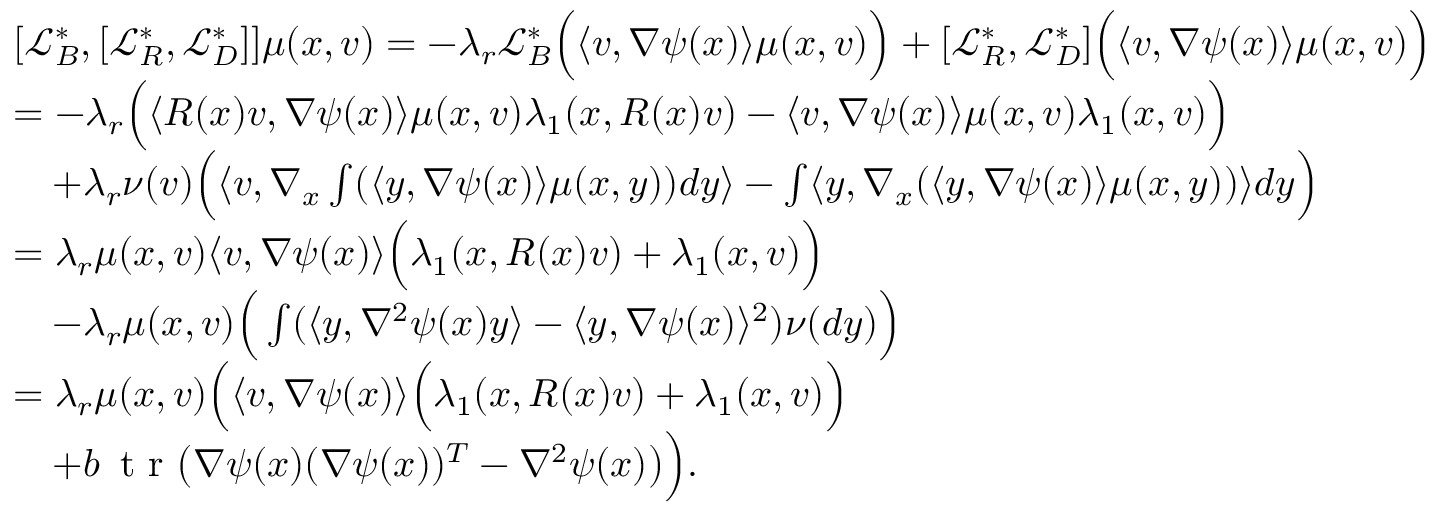
\begin{array} { r l } & { [ \mathcal { L } _ { B } ^ { * } , [ \mathcal { L } _ { R } ^ { * } , \mathcal { L } _ { D } ^ { * } ] ] \mu ( x , v ) = - \lambda _ { r } \mathcal { L } _ { B } ^ { * } \Big ( \langle v , \nabla \psi ( x ) \rangle \mu ( x , v ) \Big ) + [ \mathcal { L } _ { R } ^ { * } , \mathcal { L } _ { D } ^ { * } ] \Big ( \langle v , \nabla \psi ( x ) \rangle \mu ( x , v ) \Big ) } \\ & { = - \lambda _ { r } \Big ( \langle R ( x ) v , \nabla \psi ( x ) \rangle \mu ( x , v ) \lambda _ { 1 } ( x , R ( x ) v ) - \langle v , \nabla \psi ( x ) \rangle \mu ( x , v ) \lambda _ { 1 } ( x , v ) \Big ) } \\ & { \quad + \lambda _ { r } \nu ( v ) \Big ( \langle v , \nabla _ { x } \int ( \langle y , \nabla \psi ( x ) \rangle \mu ( x , y ) ) d y \rangle - \int \langle y , \nabla _ { x } ( \langle y , \nabla \psi ( x ) \rangle \mu ( x , y ) ) \rangle d y \Big ) } \\ & { = \lambda _ { r } \mu ( x , v ) \langle v , \nabla \psi ( x ) \rangle \Big ( \lambda _ { 1 } ( x , R ( x ) v ) + \lambda _ { 1 } ( x , v ) \Big ) } \\ & { \quad - \lambda _ { r } \mu ( x , v ) \Big ( \int ( \langle y , \nabla ^ { 2 } \psi ( x ) y \rangle - \langle y , \nabla \psi ( x ) \rangle ^ { 2 } ) \nu ( d y ) \Big ) } \\ & { = \lambda _ { r } \mu ( x , v ) \Big ( \langle v , \nabla \psi ( x ) \rangle \Big ( \lambda _ { 1 } ( x , R ( x ) v ) + \lambda _ { 1 } ( x , v ) \Big ) } \\ & { \quad + b \, \textnormal { t r } \big ( \nabla \psi ( x ) ( \nabla \psi ( x ) ) ^ { T } - \nabla ^ { 2 } \psi ( x ) \big ) \Big ) . } \end{array}